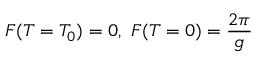
F ( T = T _ { 0 } ) = 0 , \ F ( T = 0 ) = \frac { 2 \pi } { g }